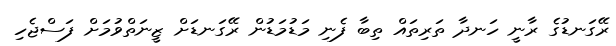
ރޭގަނޑުގެ ރާނީ ހަނދާ ތަރިތައް ތިބާ ފެނި މަޑުމަޑުން ރޭގަނޑަށް ޒީނަތްވުމަށް ފަސްޖެހި